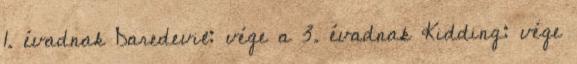
1. évadnak Daredevil: vége a 3. évadnak Kidding: vége